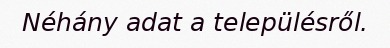
Néhány adat a településről.